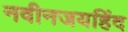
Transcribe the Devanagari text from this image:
नवीनजयहिंद